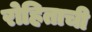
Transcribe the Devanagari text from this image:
रोहिताची